Civil Veterinary Department. Madras. Admin. report 1926-33 - 1926-1933
Year: 1926
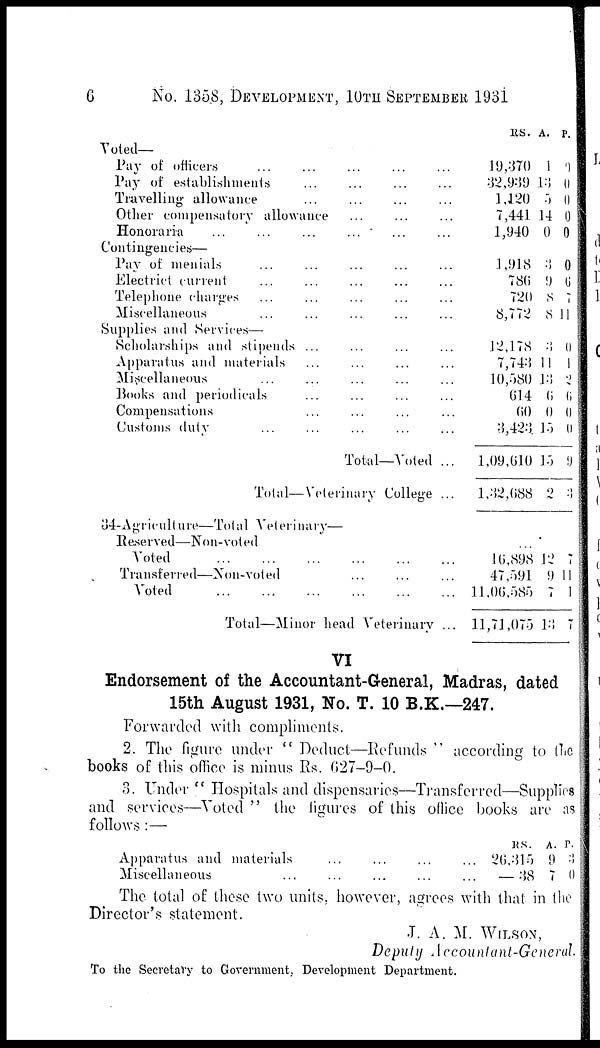
6
No. 1358, DEVELOPMENT, 10TH SEPTEMBER 1931
Voted—
Pay of officers
...
...
...
...
...
Pay of establishments
...
...
...
...
Travelling allowance
...
...
...
...
...
Other compensatory allowance
...
...
...
Honoraria
...
...
...
...
...
...
Contingencies—
Pay of menials
...
...
...
...
...
Electrict current
...
...
...
...
Telephone charges ... ... ... ... ...
Miscellaneous
...
...
...
...
...
Supplies and Services—
Scholarships and stipends
...
...
...
...
Apparatus and materials
...
...
...
..
Miscellaneous
...
...
...
...
Books and periodicals
...
...
...
...
Compensations
...
...
...
...
Customs duty ... ... ... ... ...
Total—Voted ...
Total—Veterinary College ...
34-Agriculture—Total Veterinary—
Reserved—Non-voted
Voted
...
...
...
...
...
...
Transferred—Non-voted
...
...
...
Voted
...
...
...
...
...
...
Total—Minor head Veterinary ...
RS.
10,370
32,939
1,120
7,441
1,940
1,918
786
720
8,772
12,178
7,743
10,080
614
60
3,423
1,09,610
1,32,688
16,898
47,591
11,06,585
11,71,075
A.
1
13
5
14
0
3
9
8
8
3
11
13 2
6
0
15
10
2
12
9
7
13
P.
0
0
0
0
0
0
6
7
11
0
1
6
0
0
9
3
7
11
1
7
VI
Endorsement of the Accountant-General, Madras, dated
15th August 1931, No. T. 10 B.K.—247.
Forwarded with compliments.
2. The figure under "Deduct—Refunds" according to the
books of this office is minus Rs. 627-9-0.
3. Under "Hospitals and dispensaries—Transferred—Supplies
and services—Voted " the figures of this office books are as
follows:—
Apparatus and materials
Miscellaneous ...
...
...
...
...
...
...
...
...
RS.
26,315
— 38
A.
9
7
P.
3
0
The total of these two units, however, agrees with that in the
Director's statement.
J. A. M. WILSON,
Deputy Accountant-General.
To the Secretary to Government, Development Department.